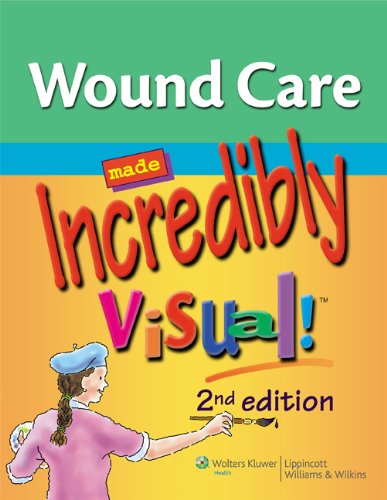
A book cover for Wound Care Made Incredibly Visual! (Incredibly Easy! SeriesÂ®); Lippincott; Medical Books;